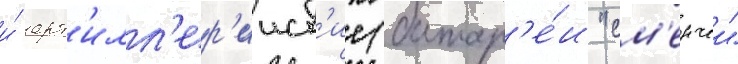
и́ арт'илл'ер'ииск'ие (батар'е́и "см'ерчеи"